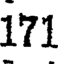
171